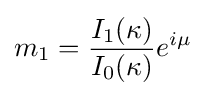
m_{1}={\frac {I_{1}(\kappa )}{I_{0}(\kappa )}}e^{i\mu }